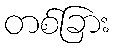
တစ်ခြား